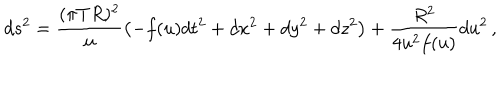
LaTeX: d s ^ { 2 } = \frac { ( \pi T R ) ^ { 2 } } u \left( - f ( u ) d t ^ { 2 } + d x ^ { 2 } + d y ^ { 2 } + d z ^ { 2 } \right) + { \frac { R ^ { 2 } } { 4 u ^ { 2 } f ( u ) } } d u ^ { 2 } \, ,